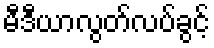
မီဒီယာလွတ်လပ်ခွင့်